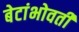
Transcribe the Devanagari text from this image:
बेटांभोवती